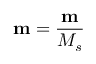
{ \bf { m } } = \frac { { \bf { m } } } { M _ { s } }